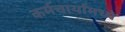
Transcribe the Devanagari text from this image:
कर्मचार्यांमध्ये